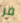
فر